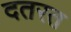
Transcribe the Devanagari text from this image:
दतरत